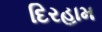
દિરહામ